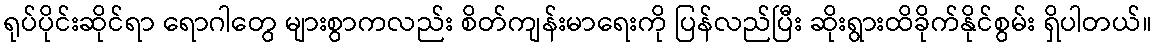
ရုပ်ပိုင်းဆိုင်ရာ ရောဂါတွေ များစွာကလည်း စိတ်ကျန်းမာရေးကို ပြန်လည်ပြီး ဆိုးရွားထိခိုက်နိုင်စွမ်း ရှိပါတယ်။